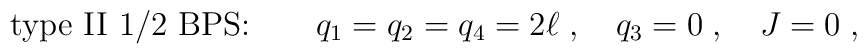
\mbox{type II 1/2 BPS:} \qquad  q_1=q_2=q_4 = 2\ell\;, \quad q_3=0\;, \quad J=0\;,